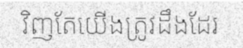
វិញតែយើងត្រូវដឹងដែរ